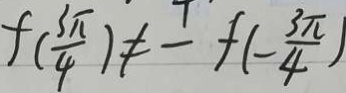
f ( \frac { 3 \pi } { 4 } ) \neq - f ( - \frac { 3 \pi } { 4 } )